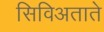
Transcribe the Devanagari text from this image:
सिविअताते